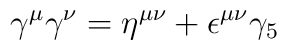
\gamma^{\mu}\gamma^{\nu} = \eta^{\mu\nu} + \epsilon^{\mu\nu}\gamma_{5}